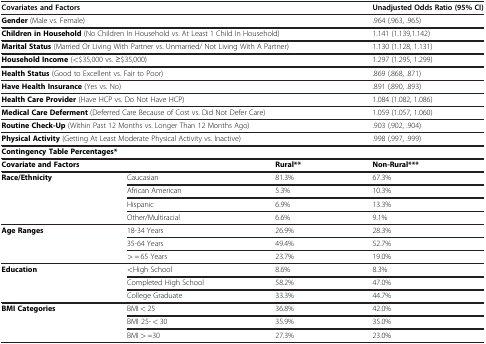
<table><thead><tr><td colspan="3"><b>Covariates and Factors</b></td><td><b>Unadjusted Odds Ratio (95% CI)</b></td></tr></thead><tbody><tr><td colspan="3"><b>Gender</b> (Male vs. Female)</td><td>.964 (.963, .965)</td></tr><tr><td colspan="3"><b>Children in Household</b> (No Children In Household vs. At Least 1 Child In Household)</td><td>1.141 (1.139,1.142)</td></tr><tr><td colspan="3"><b>Marital Status</b> (Married Or Living With Partner vs. Unmarried/ Not Living With A Partner)</td><td>1.130 (1.128, 1.131)</td></tr><tr><td colspan="3"><b>Household Income</b> (&lt;$35,000 vs. ≥$35,000)</td><td>1.297 (1.295, 1.299)</td></tr><tr><td colspan="3"><b>Health Status</b> (Good to Excellent vs. Fair to Poor)</td><td>.869 (.868, .871)</td></tr><tr><td colspan="3"><b>Have Health Insurance</b> (Yes vs. No)</td><td>.891 (.890, .893)</td></tr><tr><td colspan="3"><b>Health Care Provider</b> (Have HCP vs. Do Not Have HCP)</td><td>1.084 (1.082, 1.086)</td></tr><tr><td colspan="3"><b>Medical Care Deferment</b> (Deferred Care Because of Cost vs. Did Not Defer Care)</td><td>1.059 (1.057, 1.060)</td></tr><tr><td colspan="3"><b>Routine Check-Up</b> (Within Past 12 Months vs. Longer Than 12 Months Ago)</td><td>.903 (.902, .904)</td></tr><tr><td colspan="3"><b>Physical Activity</b> (Getting At Least Moderate Physical Activity vs. Inactive)</td><td>.998 (.997, .999)</td></tr><tr><td colspan="4"><b>Contingency Table Percentages*</b></td></tr><tr><td colspan="2"><b>Covariate and Factors</b></td><td><b>Rural**</b></td><td><b>Non-Rural***</b></td></tr><tr><td><b>Race/Ethnicity</b></td><td>Caucasian</td><td>81.3%</td><td>67.3%</td></tr><tr><td> </td><td>African American</td><td>5.3%</td><td>10.3%</td></tr><tr><td> </td><td>Hispanic</td><td>6.9%</td><td>13.3%</td></tr><tr><td> </td><td>Other/Multiracial</td><td>6.6%</td><td>9.1%</td></tr><tr><td><b>Age Ranges</b></td><td>18-34 Years</td><td>26.9%</td><td>28.3%</td></tr><tr><td> </td><td>35-64 Years</td><td>49.4%</td><td>52.7%</td></tr><tr><td> </td><td>&gt; = 65 Years</td><td>23.7%</td><td>19.0%</td></tr><tr><td><b>Education</b></td><td>&lt;High School</td><td>8.6%</td><td>8.3%</td></tr><tr><td> </td><td>Completed High School</td><td>58.2%</td><td>47.0%</td></tr><tr><td> </td><td>College Graduate</td><td>33.3%</td><td>44.7%</td></tr><tr><td><b>BMI Categories</b></td><td>BMI &lt; 25</td><td>36.8%</td><td>42.0%</td></tr><tr><td> </td><td>BMI 25- &lt; 30</td><td>35.9%</td><td>35.0%</td></tr><tr><td> </td><td>BMI &gt; =30</td><td>27.3%</td><td>23.0%</td></tr></tbody></table>